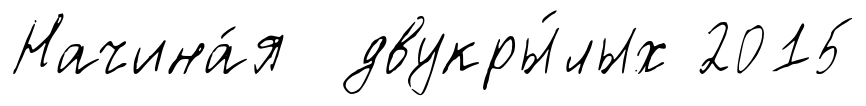
Начина́я двукры́лых 2015